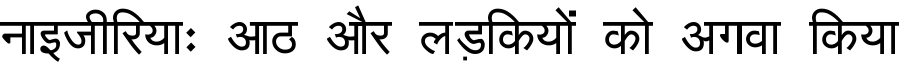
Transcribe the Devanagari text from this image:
नाइजीरियाः आठ और लड़कियों को अगवा किया